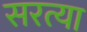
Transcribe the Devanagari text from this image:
सरत्या